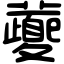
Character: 𡖂